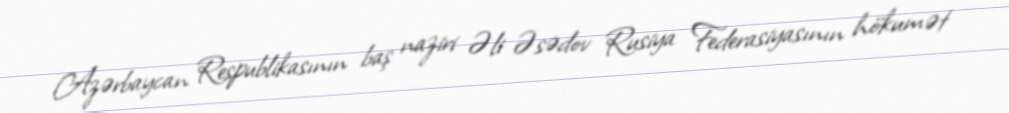
Azərbaycan Respublikasının baş naziri Əli Əsədov Rusiya Federasiyasının hökumət